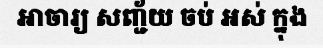
អាចារ្យ សញ្ជ័យ ចប់ អស់ ក្នុង